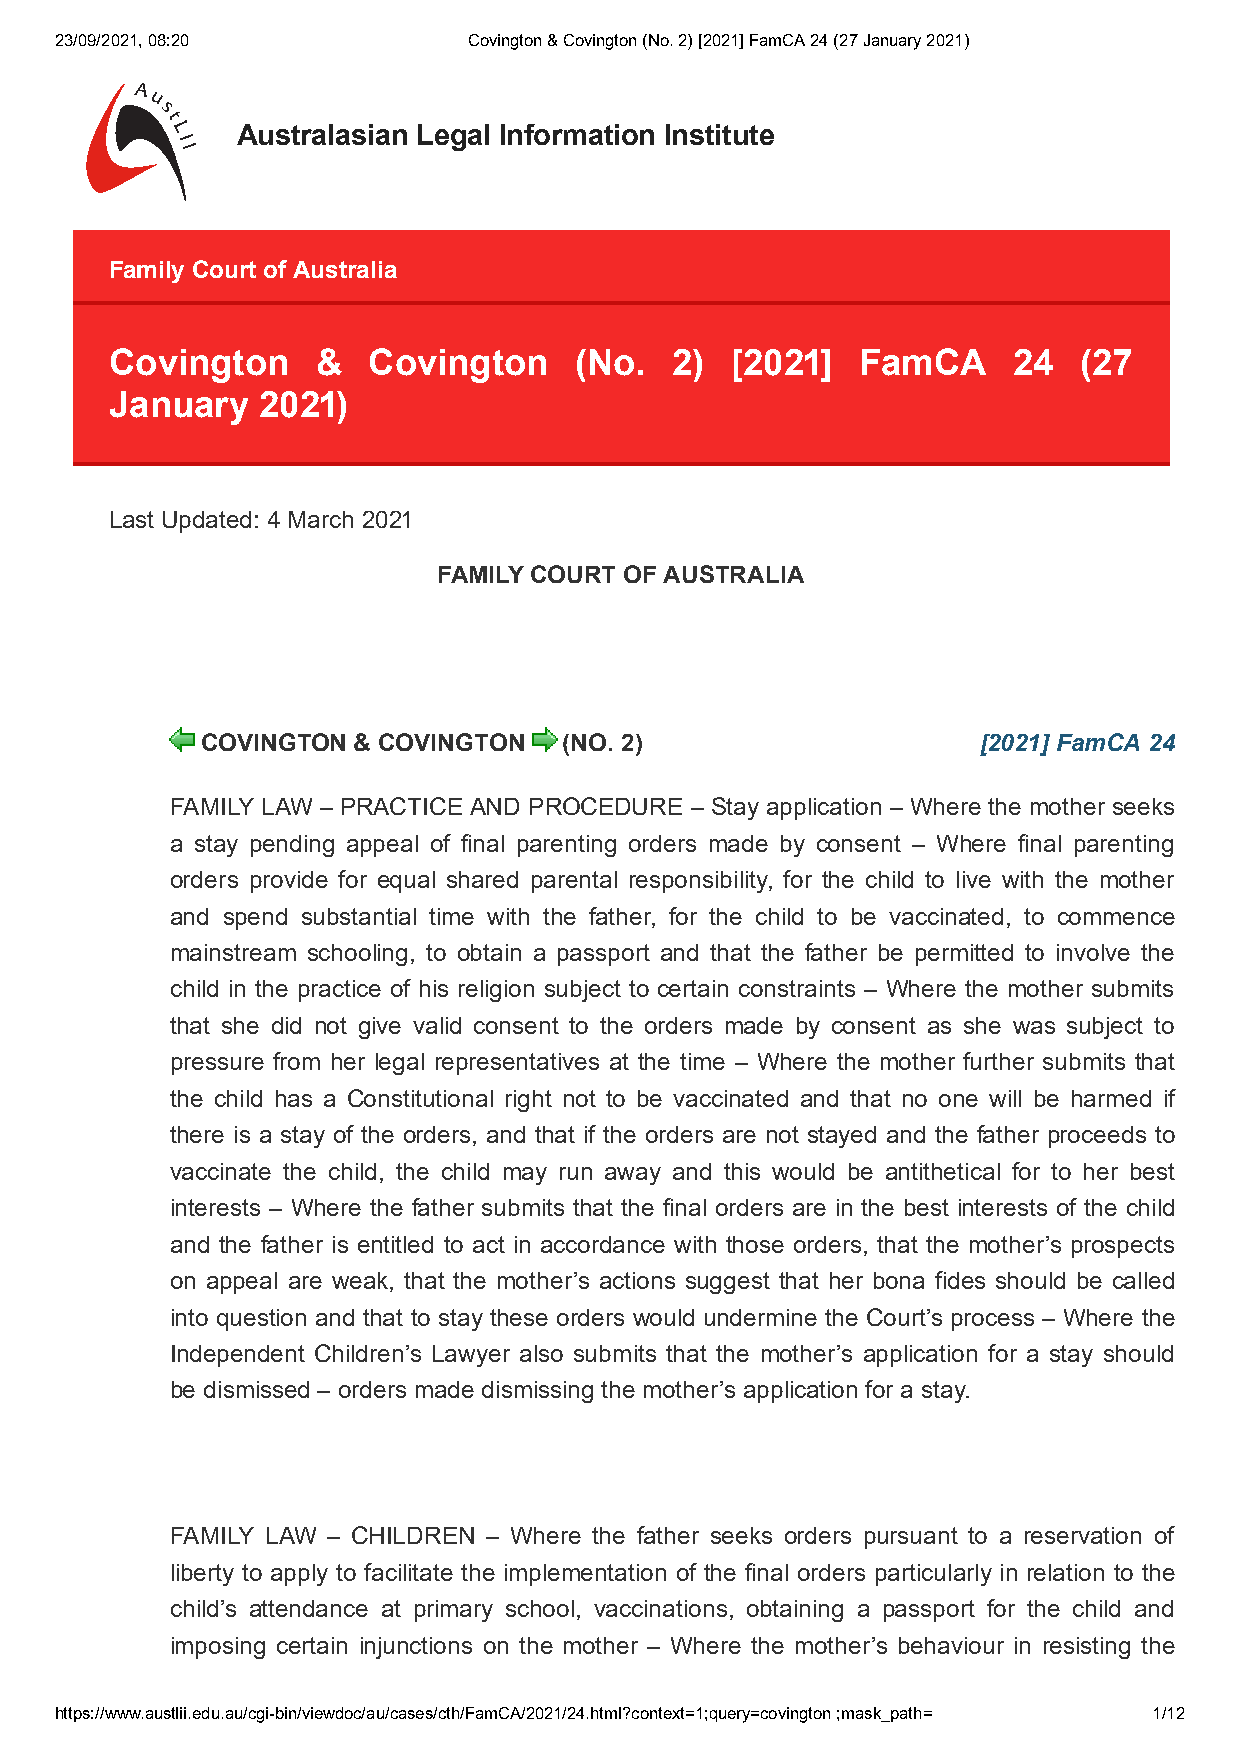
23/09/2021, 08:20          Covington & Covington (No. 2) [2021] FamCA 24 (27 January 2021)
 Australasian Legal Information Institute
 FFaammiillyy CCoouurrtt ooff AAuussttrraalliiaa
 CCoovviinnggttoonn && CCoovviinnggttoonn ((NNoo.. )) [[]] FFaammCCAA  ((
 JJaannuuaarryy ))
 Last Updated:  March
 FAMILY COURT OF AUSTRALIA
 COVINGTON & COVINGTON   (NO. 2)                     [2021] FamCA 24
 FAMILY LAW – PRACTICE AND PROCEDURE – Stay application – Where the mother seeks
 a stay pending appeal of final parenting orders made by consent – Where final parenting
 orders provide for equal shared parental responsibility, for the child to live with the mother
 and spend substantial time with the father, for the child to be vaccinated, to commence
 mainstream schooling, to obtain a passport and that the father be permitted to involve the
 child in the practice of his religion subject to certain constraints – Where the mother submits
 that she did not give valid consent to the orders made by consent as she was subject to
 pressure from her legal representatives at the time – Where the mother further submits that
 the child has a Constitutional right not to be vaccinated and that no one will be harmed if
 there is a stay of the orders, and that if the orders are not stayed and the father proceeds to
 vaccinate the child, the child may run away and this would be antithetical for to her best
 interests – Where the father submits that the final orders are in the best interests of the child
 and the father is entitled to act in accordance with those orders, that the mother’s prospects
 on appeal are weak, that the mother’s actions suggest that her bona fides should be called
 into question and that to stay these orders would undermine the Court’s process – Where the
 Independent Children’s Lawyer also submits that the mother’s application for a stay should
 be dismissed – orders made dismissing the mother’s application for a stay.
 FAMILY LAW – CHILDREN – Where the father seeks orders pursuant to a reservation of
 liberty to apply to facilitate the implementation of the final orders particularly in relation to the
 child’s attendance at primary school, vaccinations, obtaining a passport for the child and
 imposing certain injunctions on the mother – Where the mother’s behaviour in resisting the
 https://www.austlii.edu.au/cgi-bin/viewdoc/au/cases/cth/FamCA/2021/24.html?context=1;query=covington ;mask_path= 1/12